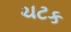
ચટક